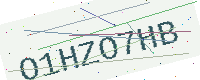
Text: O1HZO7HB